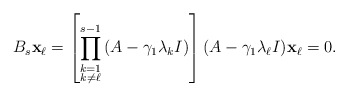
\begin{align*}B_s{\bf x}_{\ell}=\left[\prod_{\substack{k=1\\ k\ne \ell}}^{s-1}\left(A-\gamma_1\lambda_kI \right)\right](A-\gamma_1\lambda_{\ell}I){\bf x}_{\ell}=0.\end{align*}